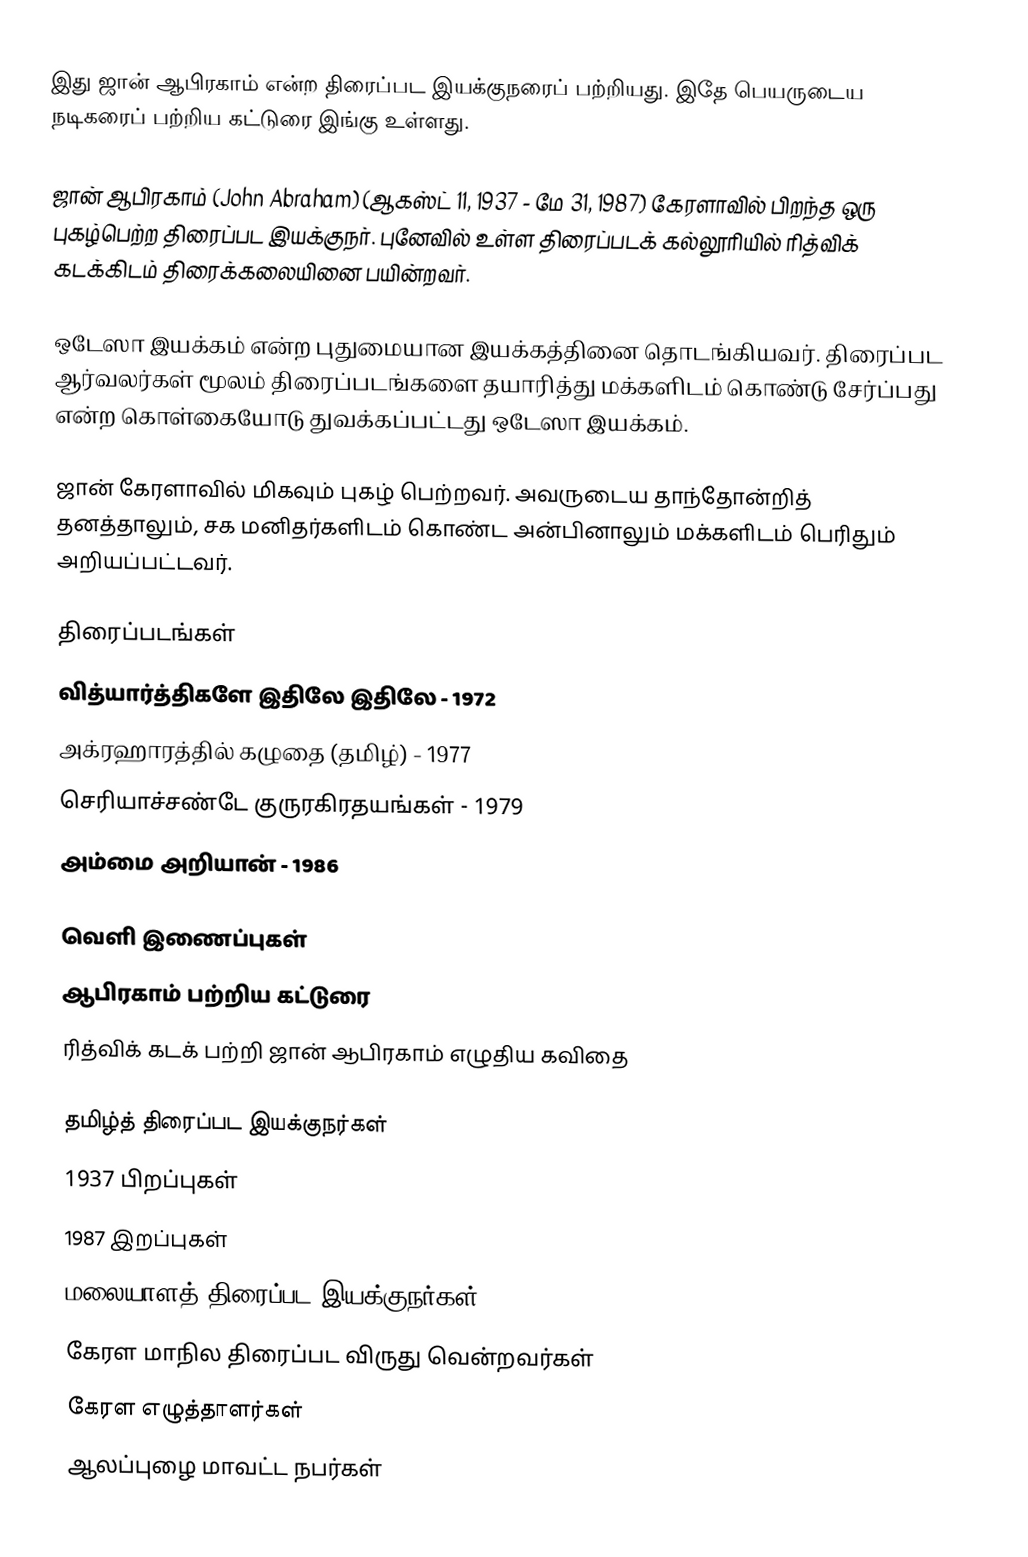
இது ஜான் ஆபிரகாம் என்ற திரைப்பட இயக்குநரைப் பற்றியது. இதே பெயருடைய நடிகரைப் பற்றிய கட்டுரை இங்கு உள்ளது.

ஜான் ஆபிரகாம் (John Abraham) (ஆகஸ்ட் 11, 1937 - மே 31, 1987) கேரளாவில் பிறந்த ஒரு புகழ்பெற்ற திரைப்பட இயக்குநர். புனேவில் உள்ள திரைப்படக் கல்லூரியில் ரித்விக் கடக்கிடம் திரைக்கலையினை பயின்றவர்.

ஒடேஸா இயக்கம் என்ற புதுமையான இயக்கத்தினை தொடங்கியவர். திரைப்பட ஆர்வலர்கள் மூலம் திரைப்படங்களை தயாரித்து மக்களிடம் கொண்டு சேர்ப்பது என்ற கொள்கையோடு துவக்கப்பட்டது ஒடேஸா இயக்கம்.

ஜான் கேரளாவில் மிகவும் புகழ் பெற்றவர். அவருடைய தாந்தோன்றித் தனத்தாலும், சக மனிதர்களிடம் கொண்ட அன்பினாலும் மக்களிடம் பெரிதும் அறியப்பட்டவர்.

திரைப்படங்கள்
 வித்யார்த்திகளே இதிலே இதிலே - 1972
 அக்ரஹாரத்தில் கழுதை (தமிழ்) - 1977
 செரியாச்சண்டே குருரகிரதயங்கள் - 1979
 அம்மை அறியான் - 1986

வெளி இணைப்புகள்
 ஆபிரகாம் பற்றிய கட்டுரை
 ரித்விக் கடக் பற்றி ஜான் ஆபிரகாம் எழுதிய கவிதை

தமிழ்த் திரைப்பட இயக்குநர்கள்
1937 பிறப்புகள்
1987 இறப்புகள்
மலையாளத் திரைப்பட இயக்குநர்கள்
கேரள மாநில திரைப்பட விருது வென்றவர்கள்
கேரள எழுத்தாளர்கள்
ஆலப்புழை மாவட்ட நபர்கள்